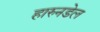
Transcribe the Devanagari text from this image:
हारुनडेल